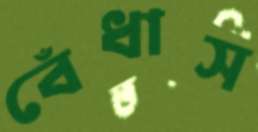
বেঁধাস